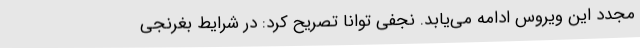
مجدد این ویروس ادامه می‌یابد. نجفی توانا تصریح کرد: در شرایط بغرنجی